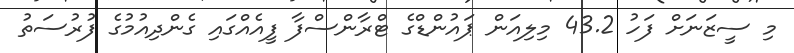
މި ސީޒަނަށް ފަހު 43.2 މިލިއަން ޕައުންޑްގެ ޓްރާންސްފާ ފީއެއްގައި ގެންދިއުމުގެ ފުރުސަތު